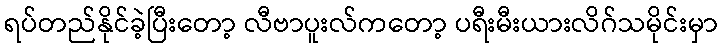
ရပ်တည်နိုင်ခဲ့ပြီးတော့ လီဗာပူးလ်ကတော့ ပရီးမီးယားလိဂ်သမိုင်းမှာ